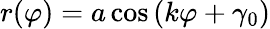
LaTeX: r(\varphi)=a\cos\left(k\varphi+\gamma_{0}\right)